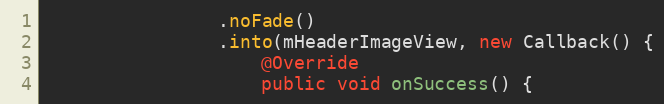
Language: Java
                .noFade()
                .into(mHeaderImageView, new Callback() {
                    @Override
                    public void onSuccess() {